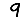
Digit: 9